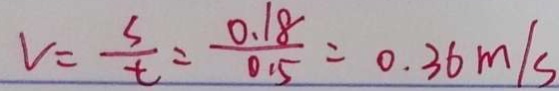
V = \frac { s } { t } = \frac { 0 . 1 8 } { 0 . 5 } = 0 . 3 6 m / s